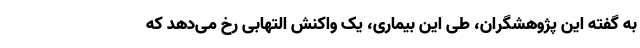
به گفته این پژوهشگران، طی این بیماری، یک واکنش التهابی رخ می‌دهد که